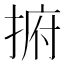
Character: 捬